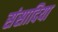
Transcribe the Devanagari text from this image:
संसादिया